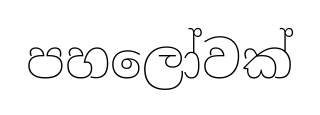
පහලෝවක්